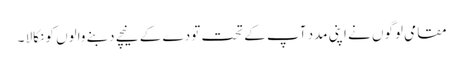
مقامی لوگوں نے اپنی مدد آپ کے تحت تودے کے نیچے دبنے والوں کو نکالا ۔